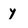
Character: y